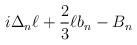
\begin{align*}i \Delta_n \ell + {2 \over 3} \ell b_n - B_n\end{align*}